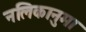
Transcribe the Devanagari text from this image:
नलिकानुमा